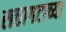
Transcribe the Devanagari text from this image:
सत्तागटाच्या